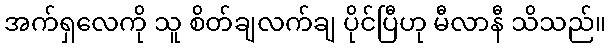
အက်ရှလေကို သူ စိတ်ချလက်ချ ပိုင်ပြီဟု မီလာနီ သိသည်။